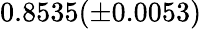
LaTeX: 0.8535(\pm 0.0053)